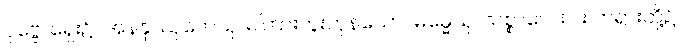
ပုဗ္ဗေ၊ ရှေး၌။ အနနုဿုတေသု၊ မကြားဘူးကုန်သော။ ဓမ္မေသု၊ သစ္စာလေးပါး တရားတို့၌။